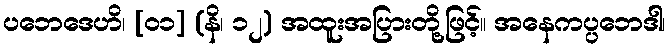
ပဘေဒေဟိ၊ [၀၁] (နိ၊ ၁၂) အထူးအပြားတို့ဖြင့်။ အနေကပ္ပဘေဒါ၊